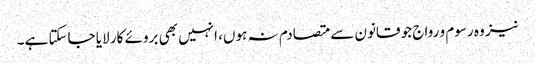
نیز وہ رسوم و رواج جو قانون سے متصادم نہ ہوں، انہیں بھی بروئے کار لایا جاسکتا ہے۔